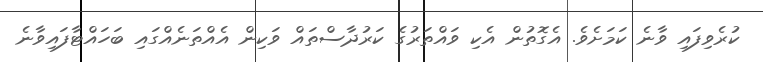
ކުރެވިފައި ވާނެ ކަމަށެވެ. އެގޮތުން އެކި ވައްތަރުގެ ކަރުދާސްތައް ވަކިން އެއްތަނެއްގައި ބަހައްޓާފައިވާނެ